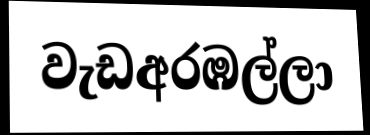
වැඩඅරඹල්ලා